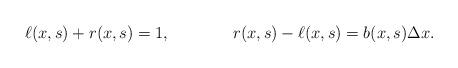
LaTeX: \begin{align*}\ell(x,s) + r(x,s) &= 1, & r(x,s) - \ell(x,s) = b(x,s) \Delta x.\end{align*}